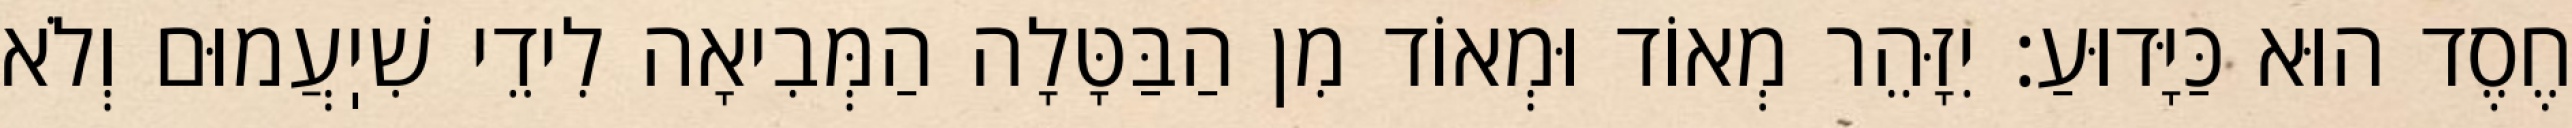
חֶסֶד הוּא כַּיָּדוּעַ: יִזָּהֵר מְאוֹד וּמְאוֹד מִן הַבַּטָּלָה הַמְּבִיאָה לִידֵי שִׁיֽעֲמוּם וְלֹא